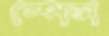
স্পেন্স